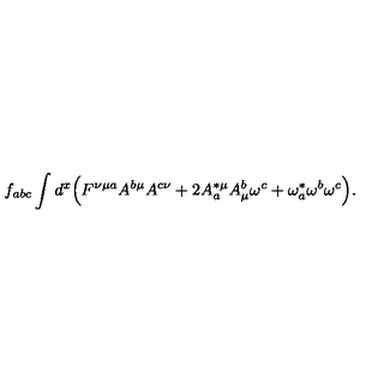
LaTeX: f _ { a b c } \int d ^ { x } \Big ( F ^ { \nu \mu a } A ^ { b \mu } A ^ { c \nu } + 2 A _ { a } ^ { * \mu } A _ { \mu } ^ { b } \omega ^ { c } + \omega _ { a } ^ { * } \omega ^ { b } \omega ^ { c } \Big ) .